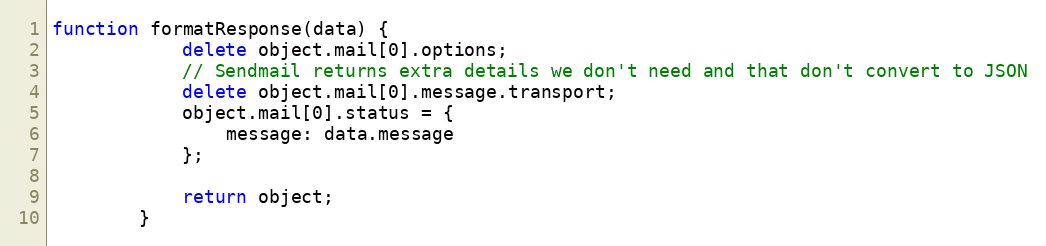
Language: JavaScript
function formatResponse(data) {
            delete object.mail[0].options;
            // Sendmail returns extra details we don't need and that don't convert to JSON
            delete object.mail[0].message.transport;
            object.mail[0].status = {
                message: data.message
            };

            return object;
        }